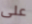
على